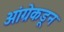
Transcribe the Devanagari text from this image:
आंग्रेकडून